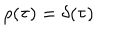
\rho ( \tau ) = \delta ( \tau )